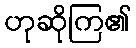
ဟုဆိုကြ၏